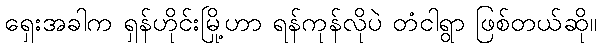
ရှေးအခါက ရှန်ဟိုင်းမြို့ဟာ ရန်ကုန်လိုပဲ တံငါရွာ ဖြစ်တယ်ဆို။